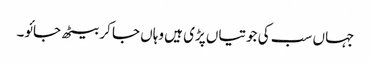
جہاں سب کی جوتیاں پڑی ہیں وہاں جا کر بیٹھ جائو۔